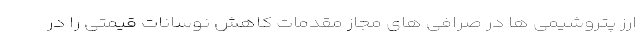
ارز پتروشیمی ها در صرافی های مجاز مقدمات کاهش نوسانات قیمتی را در